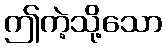
ဤကဲ့သို့သော